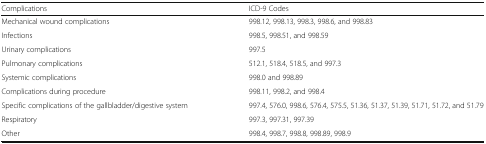
<table><thead><tr><td><b>Complications</b></td><td><b>ICD-9 Codes</b></td></tr></thead><tbody><tr><td>Mechanical wound complications</td><td>998.12, 998.13, 998.3, 998.6, and 998.83</td></tr><tr><td>Infections</td><td>998.5, 998.51, and 998.59</td></tr><tr><td>Urinary complications</td><td>997.5</td></tr><tr><td>Pulmonary complications</td><td>512.1, 518.4, 518.5, and 997.3</td></tr><tr><td>Systemic complications</td><td>998.0 and 998.89</td></tr><tr><td>Complications during procedure</td><td>998.11, 998.2, and 998.4</td></tr><tr><td>Specific complications of the gallbladder/digestive system</td><td>997.4, 576.0, 998.6, 576.4, 575.5, 51.36, 51.37, 51.39, 51.71, 51.72, and 51.79</td></tr><tr><td>Respiratory</td><td>997.3, 997.31, 997.39</td></tr><tr><td>Other</td><td>998.4, 998.7, 998.8, 998.89, 998.9</td></tr></tbody></table>